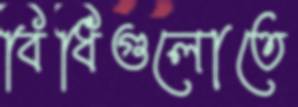
বিধিগুলোতে